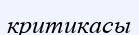
критикасы